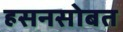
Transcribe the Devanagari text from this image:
हसनसोबत